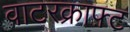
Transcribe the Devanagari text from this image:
वाटरक्राफ़्ट